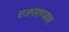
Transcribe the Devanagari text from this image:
राजघराण्यावर